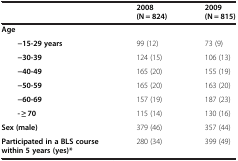
|  | 2008 (N = 824) | 2009 (N = 815) |
 | --- | --- | --- |
 | Age |  |  |
 | −15-29 years | 99 (12) | 73 (9) |
 | −30-39 | 124 (15) | 106 (13) |
 | −40-49 | 165 (20) | 155 (19) |
 | −50-59 | 165 (20) | 163 (20) |
 | −60-69 | 157 (19) | 187 (23) |
 | - ≥ 70 | 115 (14) | 130 (16) |
 | Sex (male) | 379 (46) | 357 (44) |
 | Participated in a BLS course within 5 years (yes)* | 280 (34) | 399 (49) |